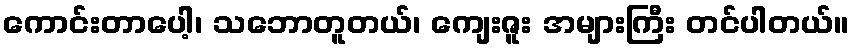
ကောင်းတာပေါ့၊ သဘောတူတယ်၊ ကျေးဇူး အများကြီး တင်ပါတယ်။